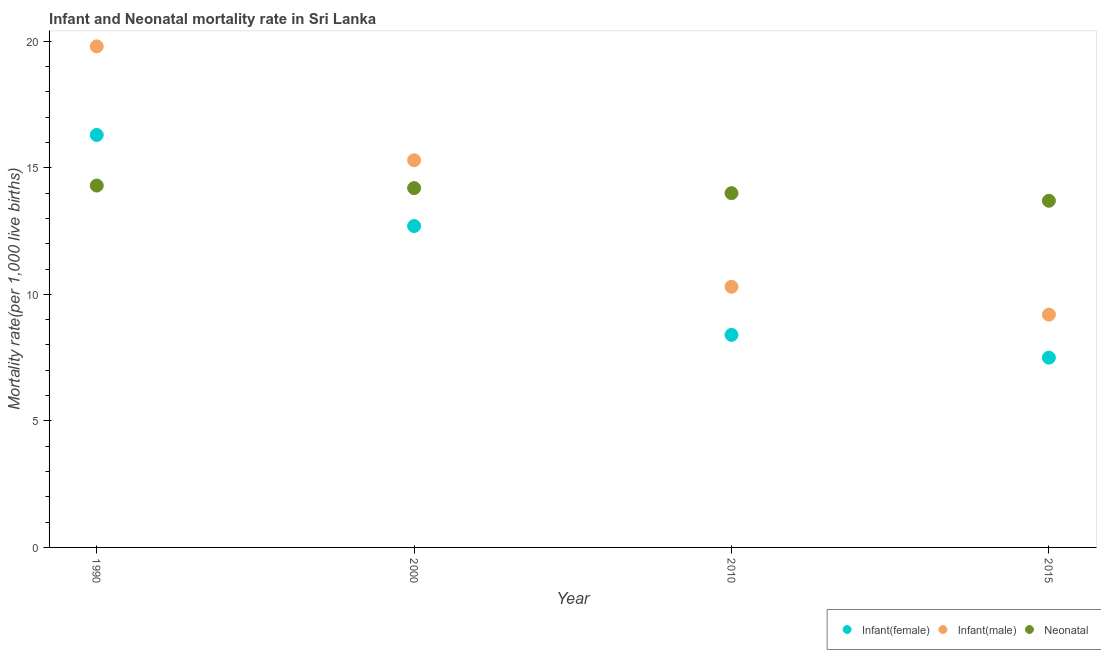
| Year | Infant(female) | Infant(male) | Neonatal  |
 | --- | --- | --- | --- |
 | 1990 | 16.3 | 19.8 | 14.3 |
 | 2000 | 12.7 | 15.3 | 14.2 |
 | 2010 | 8.4 | 10.3 | 14 |
 | 2015 | 7.5 | 9.2 | 13.7 |